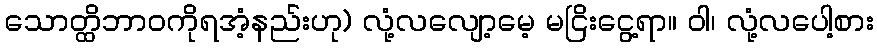
သောတ္ထိဘာဝကိုရအံ့နည်းဟု) လုံ့လလျော့မေ့ မငြိးငွေ့ရာ။ ဝါ၊ လုံ့လပေါ့စား